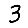
Digit: 3